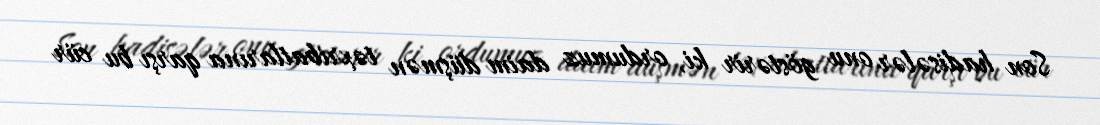
Son hadisələr onu göstərir ki, ordumuz daim düşmən təxribatlarına qarşı bu cür